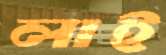
লাই